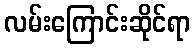
လမ်းကြောင်းဆိုင်ရာ